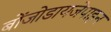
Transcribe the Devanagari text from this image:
बोंजोडायजेपाइन